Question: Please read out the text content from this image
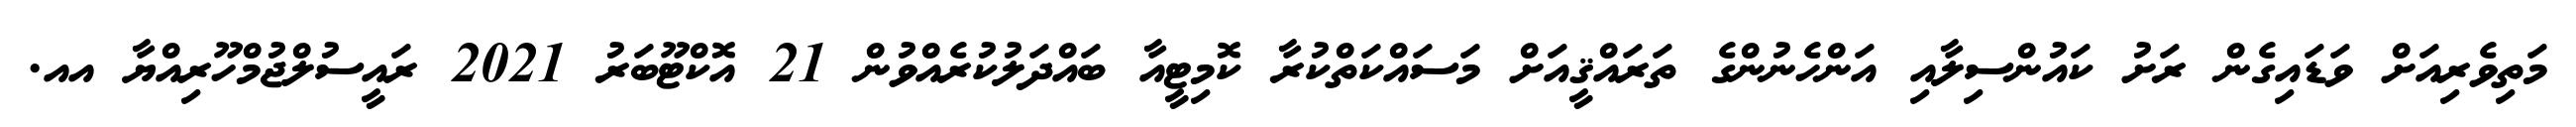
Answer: މަތިވެރިއަށް ވަޑައިގެން ރަށު ކައުންސިލާއި އަންހެނުންގެ ތަރައްޤީއަށް މަސައްކަތްކުރާ ކޮމިޓީއާ ބައްދަލުކުރެއްވުން 21 އޮކްޓޫބަރު 2021 ރައީސުލްޖުމްހޫރިއްޔާ އއ.